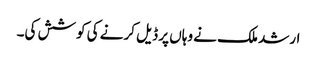
ارشد ملک نے وہاں پر ڈیل کرنے کی کوشش کی۔